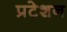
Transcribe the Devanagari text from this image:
प्रटेशन